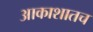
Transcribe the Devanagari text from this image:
आकाशातच